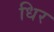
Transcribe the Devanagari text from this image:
धिर